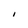
Character: I